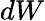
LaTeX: dW